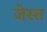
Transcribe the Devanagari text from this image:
जेस्त